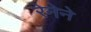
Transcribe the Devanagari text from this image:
रेनेने